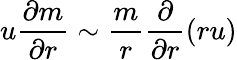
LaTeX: u\frac{\partial m}{\partial r}\sim\frac{m}{r}\frac{\partial}{\partial r}(ru)